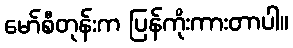
မော်စီတုန်းက ပြန်ကိုးကားတာပါ။